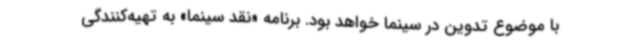
با موضوع تدوین در سینما خواهد بود. برنامه «نقد سینما» به تهیه‌کنندگی